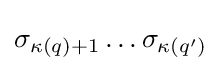
\sigma _{\kappa (q)+1}\ldots \sigma _{\kappa (q^{\prime })}